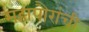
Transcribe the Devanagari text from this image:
महापौरांची